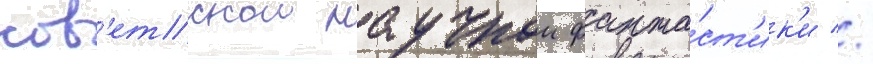
сов'етскои научнои фанта́ст'ик'и //